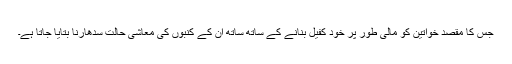
جس کا مقصد خواتین کو مالی طور پر خود کفیل بنانے کے ساتھ ساتھ اُن کے کنبوں کی معاشی حالت سدھارنا بتایا جاتا ہے۔